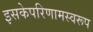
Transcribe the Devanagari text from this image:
इसकेपरिणामस्वरूप